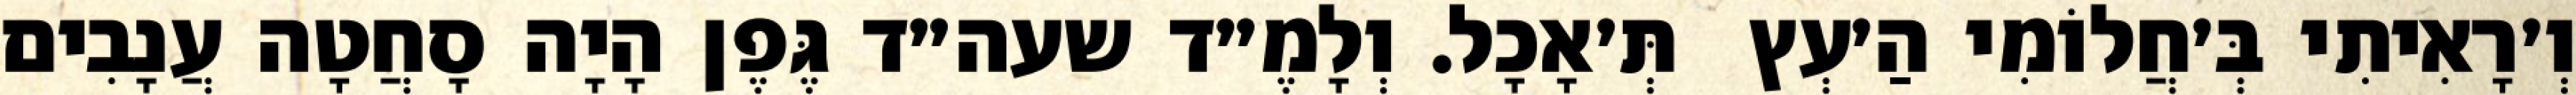
וְ׳רָאִיתִי בְּ׳חֲלוֹמִי הַ׳עְץ  תְּ׳אָכָל. וְלָמֶ״ד שעה״ד גֶּפֶן הָיָה סָחֲטָה עֲנָבִים